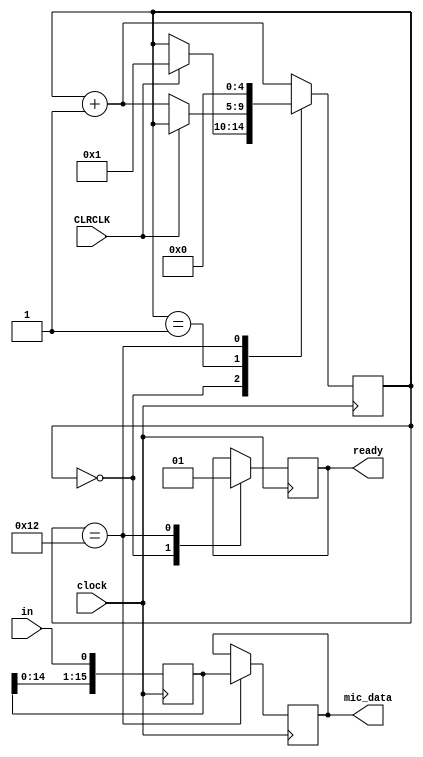




//  TLV320 is in I2S mode.
module mic_I2S ( 	input clock, 
						input CLRCLK,
						input in, 
						output reg[15:0]mic_data, 
						output reg ready);

reg [4:0] TX_state;
reg [15:0] Tx_q;

always @ (posedge clock)
begin 
 		
		Tx_q[15:0] <= {Tx_q[14:0], in};			// shift current TLV320 data left and add next bit
		
case (TX_state)

5'd0:		begin
				ready <= 0;
				if(CLRCLK) TX_state <= 5'd1;				// loop until TX_LRCLK is low
			end
		
5'd1:		if(!CLRCLK) TX_state <= TX_state + 1'b1; 	// loop until TX_LRCLK is high 

5'd18:	begin
				mic_data <= Tx_q;								// microphone or line data
				ready <= 1'b1;
				TX_state <= 5'd0;							 
			end

default:TX_state <= TX_state + 1'b1;
endcase
end  

endmodule